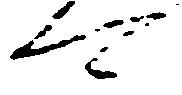
可